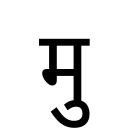
OCR:
मु